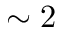
\sim 2